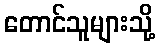
တောင်သူများသို့